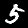
Label: 5